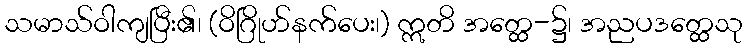
သမာသ်ဝါကျပြီး၏၊ (ဝိဂြိုဟ်နက်ပေး၊) ဣတိ အတ္ထေ-၌၊ အညပဒတ္ထေသု